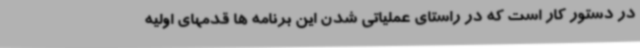
در دستور کار است که در راستای عملیاتی شدن این برنامه ها قدمهای اولیه